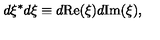
d \xi ^ { * } d \xi \equiv d \mathrm { R e } ( \xi ) d \mathrm { I m } ( \xi ) ,